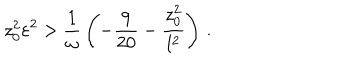
z _ { 0 } ^ { 2 } \varepsilon ^ { 2 } > { \frac { 1 } { \omega } } \left( - { \frac { 9 } { 2 0 } } - { \frac { z _ { 0 } ^ { 2 } } { l ^ { 2 } } } \right) \, .